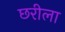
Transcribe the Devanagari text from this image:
छरीला